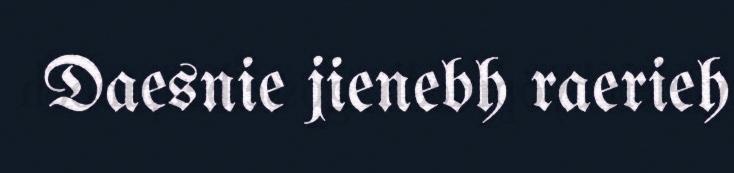
Daesnie jienebh raerieh